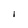
Character: i